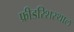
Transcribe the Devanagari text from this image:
फ्रीडरिशस्थाल